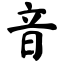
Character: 音